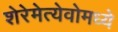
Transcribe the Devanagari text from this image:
शेरेमेत्येवोमध्ये